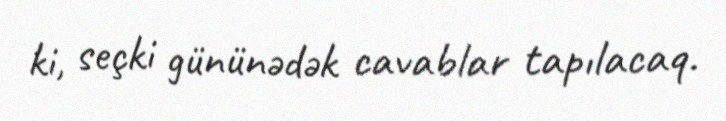
ki, seçki gününədək cavablar tapılacaq.